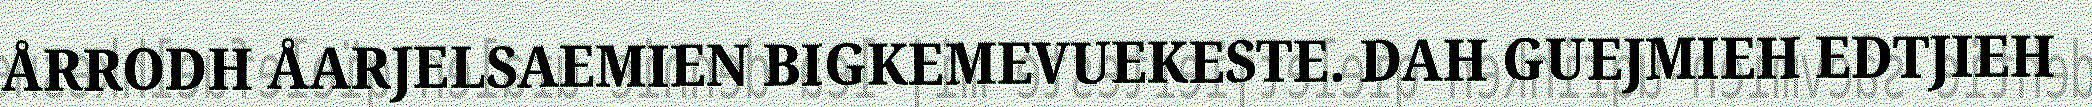
ÅRRODH ÅARJELSAEMIEN BIGKEMEVUEKESTE. DAH GUEJMIEH EDTJIEH